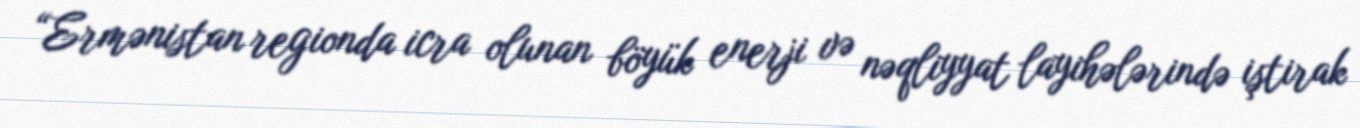
“Ermənistan regionda icra olunan böyük enerji və nəqliyyat layihələrində iştirak